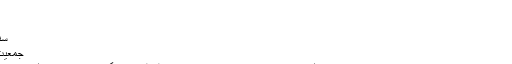
قاضی عبد النبی کوکب - آزاد دائرۃ المعارف، ویکیپیڈیا
قاضی عبد النبی کوکب
سنہ 1936
سنہ 1978 (41–42 سال)
جمعیت علمائے پاکستان، نورانی
قاضی عبد النبی کوکب (مئی 1936ء تا 19 جنوری 1978ء) ممتاز سنی عالم دین، کتب خانہ جامعہ پنجاب میں مخطوطات پر نگران اور جمعیت علمائے پاکستان کے سیاست دان تھے۔